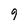
Character: 9